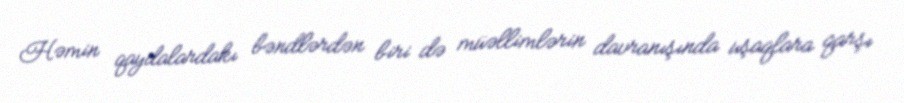
Həmin qaydalardakı bəndlərdən biri də müəllimlərin davranışında uşaqlara qarşı